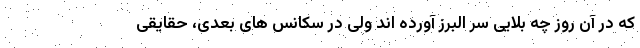
که در آن روز چه بلایی سر البرز آورده اند ولی در سکانس های بعدی، حقایقی